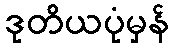
ဒုတိယပုံမှန်